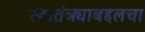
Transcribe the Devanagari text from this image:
स्वातंत्र्याबद्दलचा